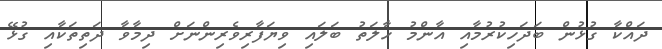
ދައްކާ ގުޅުން ބަދަހިކުރުމާއި އާންމު ހާލަތު ބަލައި ވިޔަފާރިވެރިންނަށް ދިމާވާ ދަތިތަކާއި ގުޅޭ